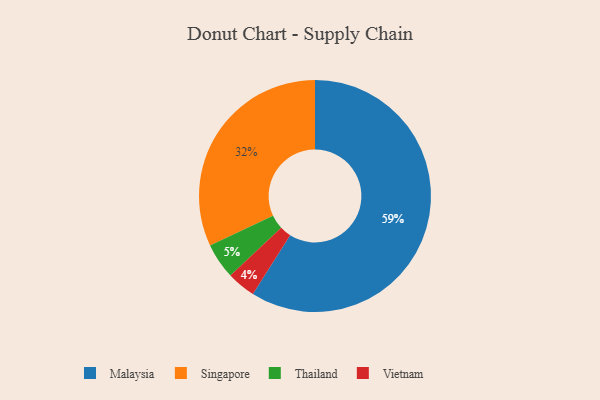
{"axis": {"x": "Category", "y": "Percentage"}, "legend": ["Malaysia", "Singapore", "Thailand", "Vietnam"], "data": [{"x": "Thailand", "y": 5, "type": "Thailand"}, {"x": "Vietnam", "y": 4, "type": "Vietnam"}, {"x": "Singapore", "y": 32, "type": "Singapore"}, {"x": "Malaysia", "y": 59, "type": "Malaysia"}]}